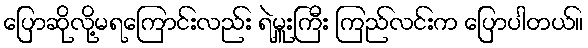
ပြောဆိုလို့မရကြောင်းလည်း ရဲမှူးကြီး ကြည်လင်းက ပြောပါတယ်။